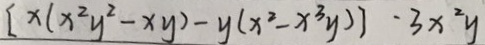
[ x ( x ^ { 2 } y ^ { 2 } - x y ) - y ( x ^ { 3 } - x ^ { 3 } y ) ] \cdot 3 x ^ { 2 } y